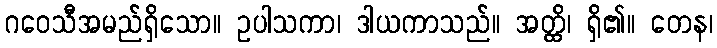
ဂဝေသီအမည်ရှိသော။ ဥပါသကာ၊ ဒါယကာသည်။ အတ္ထိ၊ ရှိ၏။ တေန၊